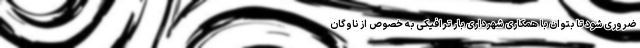
ضروری شود تا بتوان با همکاری شهرداری بار ترافیکی به خصوص از ناوگان